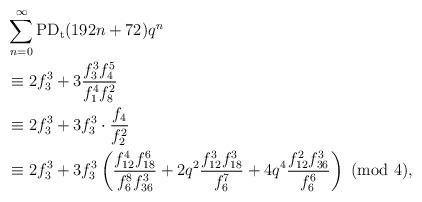
LaTeX: \begin{align*}&\sum_{n=0}^{\infty}\textup{PD}_\textup{t}(192n+72)q^n\\&\equiv 2f_3^3+3 \dfrac{f_3^3f_4^5}{f_1^4f_8^2}\\&\equiv 2f_3^3+3f_3^3\cdot \dfrac{f_4}{f_2^2}\\&\equiv 2f_3^3+3f_3^3\left(\dfrac{f_{12}^4f_{18}^6}{f_6^8f_{36}^3}+2q^2\dfrac{f_{12}^3f_{18}^3}{f_6^7}+4q^4\dfrac{f_{12}^2f_{36}^3}{f_6^6}\right) ~(\textup{mod}~4),\end{align*}